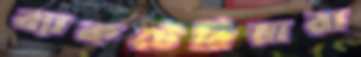
ব্যাকটেরিয়ারা